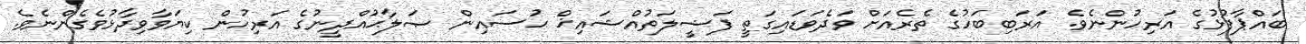
ބައްޕާފުޅުގެ އަރިހުންނެވެ. އަރަބިބަހުގެ ތެރެއަށް ވަދެވަޑައިގަތީ ފަޟީލަތުއްޝައިޚް ޙުސައިން ޞަލާޙުއްދީނުގެ އަރިހުން ކިޔަވާވިދާޅުވެގެންނެވެ.